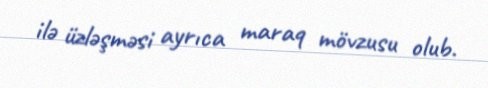
ilə üzləşməsi ayrıca maraq mövzusu olub.